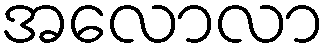
အလောလာ